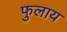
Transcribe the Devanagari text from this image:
फुलाय